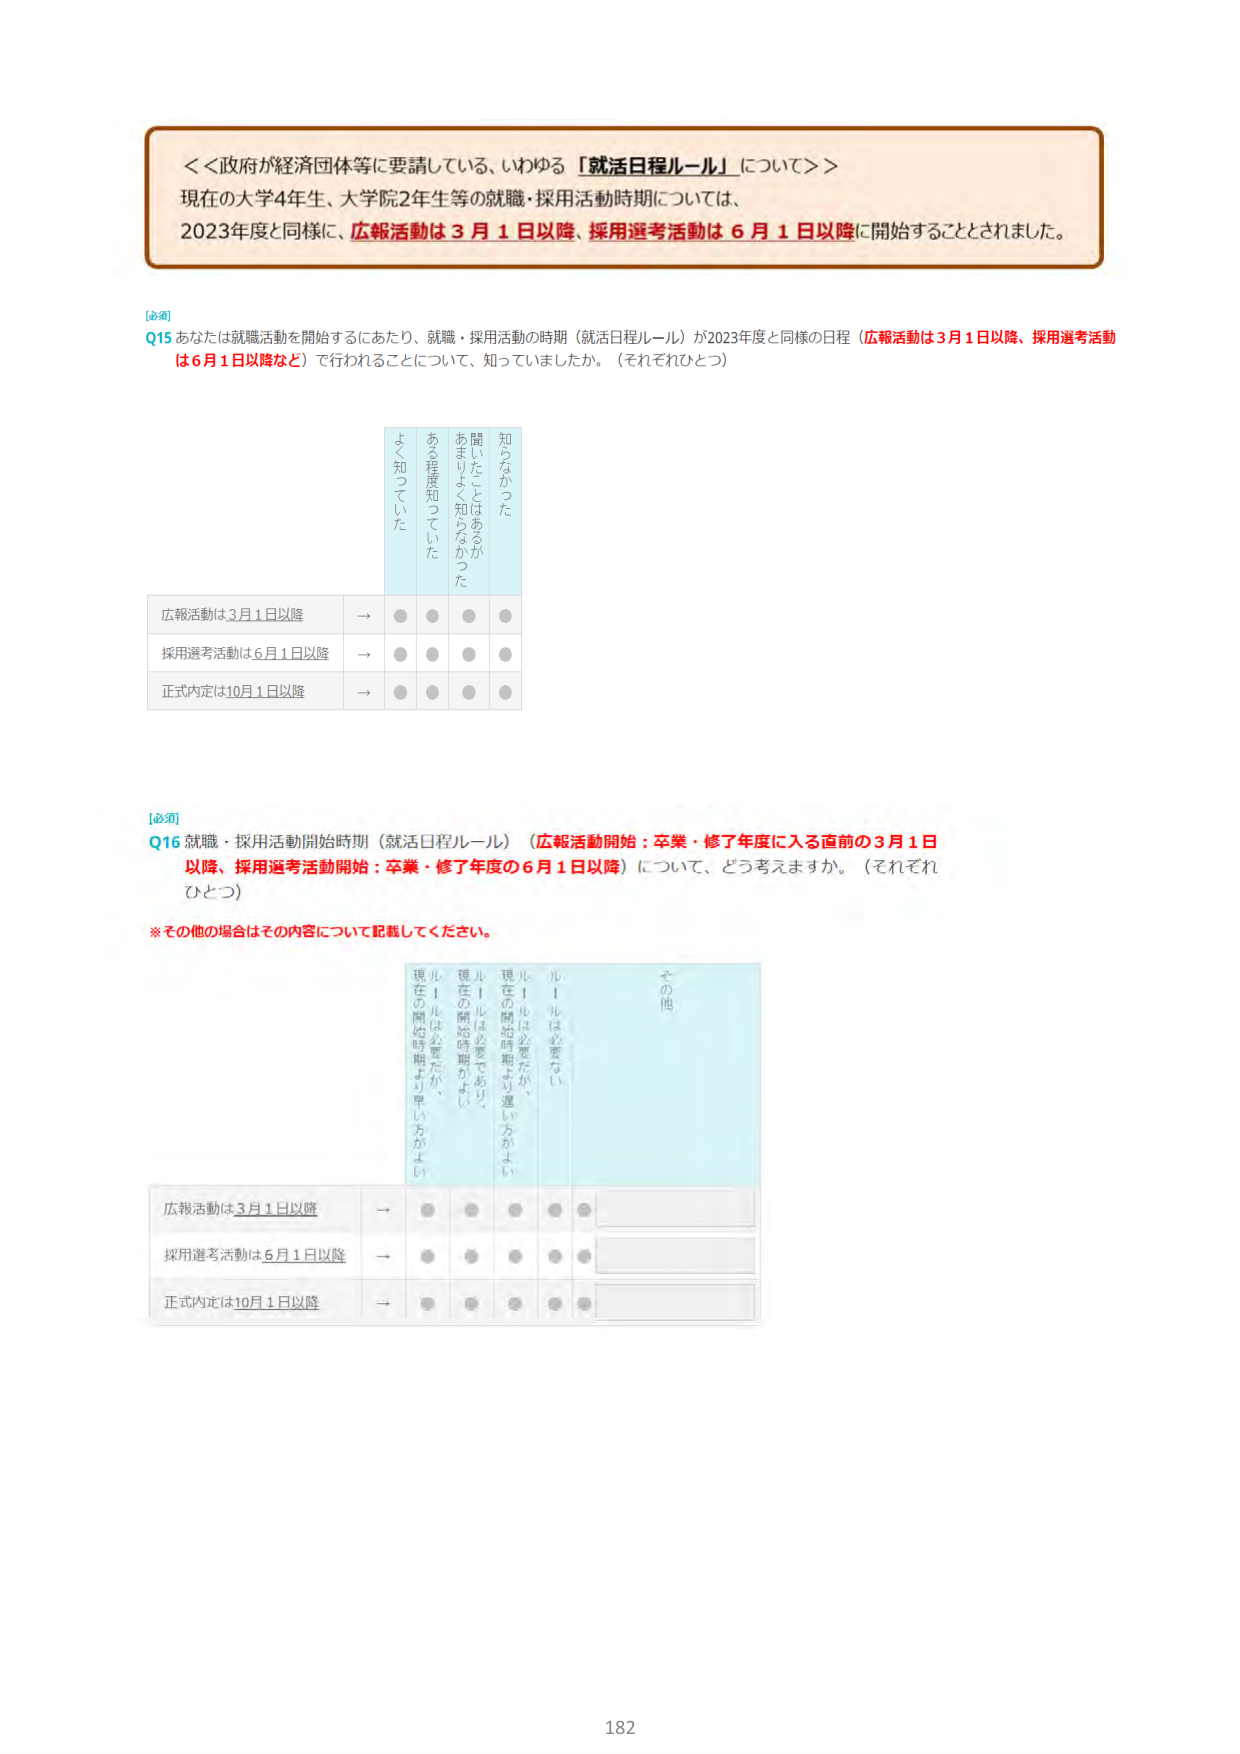
＜＜政府が経済団体等に要請している、いわゆる「就活日程ルール」について＞＞
現在の大学4年生、大学院2年生等の就職・採用活動時期については、
2023年度と同様に、広報活動は3月1日以降、採用選考活動は6月1日以降に開始することとされました。

【必須】
Q15 あなたは就職活動を開始するにあたり、就職・採用活動の時期（就活日程ルール）が2023年度と同様の日程（広報活動は3月1日以降、採用選考活動は6月1日以降など）で行われることについて、知っていましたか。（それぞれひとつ）

知らなかった
聞いたことはあるがあまりよく知らなかった
ある程度知っていた
よく知っていた

広報活動は3月1日以降 → ● ● ● ●
採用選考活動は6月1日以降 → ● ● ● ●
正式内定は10月1日以降 → ● ● ● ●

【必須】
Q16 就職・採用活動開始時期（就活日程ルール）（広報活動開始：卒業・修了年度に入る直前の3月1日以降、採用選考活動開始：卒業・修了年度の6月1日以降）について、どう考えますか。（それぞれひとつ）

※その他の場合はその内容について記載してください。

ルールは必要ない
ルールは必要だが、現在の開始時期より遅い方がよい
ルールは必要であり、現在の開始時期がよい
ルールは必要だが、現在の開始時期より早い方がよい
その他

広報活動は3月1日以降 → ● ● ● ● ●
採用選考活動は6月1日以降 → ● ● ● ● ●
正式内定は10月1日以降 → ● ● ● ● ●

182